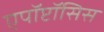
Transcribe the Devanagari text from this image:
एपॉप्टॉसिस